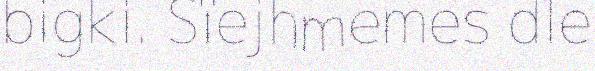
bigki. Sïejhmemes dle